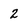
Character: 2